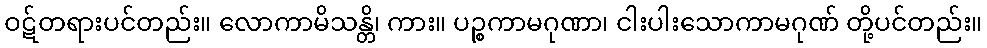
ဝဋ်တရားပင်တည်း။ လောကာမိသန္တိ၊ ကား။ ပဉ္စကာမဂုဏာ၊ ငါးပါးသောကာမဂုဏ် တို့ပင်တည်း။